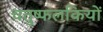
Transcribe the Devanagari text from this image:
चतुष्फलकियों